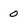
Character: 0